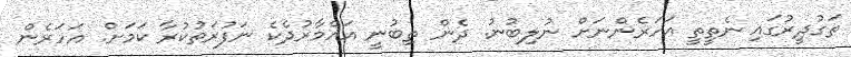
ތަގުދީރުގައި ނެތީތީ އަހަރެންނަށް ނުލިބުނު. ދެން ތިބުނީ އައްމާރުދެކެ ނަފުރަތުކުރާ ކަމަށް. އަހަރެން